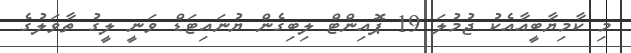
މި ކާމިޔާބީއާއެކު ޖުމުލަ 19 ޕޮއިންޓް ލިބިގެން ޔުނައިޓަޑް ވަނީ ލީގު ތާވަލުގެ